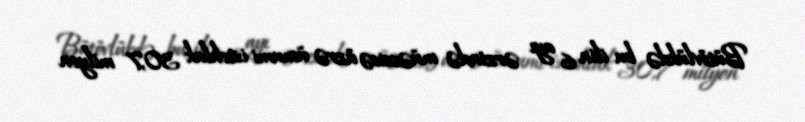
Bütövlükdə bu ilin 6 ayı ərzində müəssisə üzrə ümumi istehlak 30,7 milyon